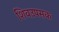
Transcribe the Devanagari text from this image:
शिवउपसक